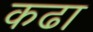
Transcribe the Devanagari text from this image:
कढा